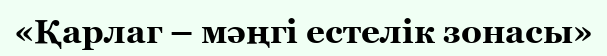
«Қарлаг – мәңгі естелік зонасы»